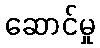
ဆောင်မှု